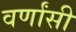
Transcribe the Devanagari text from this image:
वर्णांसी